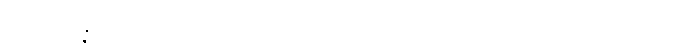
ပထဝိသန္နိဿယံ၊ ပထဝီဓာတ်ဟူသော မှီရာကို။ လဒ္ဓါဝ၊ ရမှသာ။ ကာယဝိညာဏံ၊